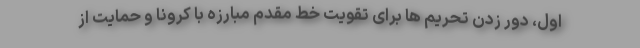
اول، دور زدن تحریم ها برای تقویت خط مقدم مبارزه با کرونا و حمایت از